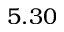
5 . 3 0